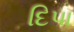
દિપા